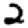
Digit: 2